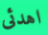
اهدئى